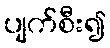
ပျက်စီး၍